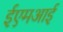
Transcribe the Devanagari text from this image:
ईएमअाई